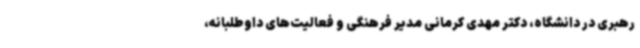
رهبری در دانشگاه، دکتر مهدی کرمانی مدیر فرهنگی و فعالیت‌های داوطلبانه،